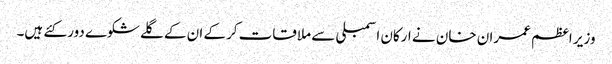
وزیر اعظم عمران خان نے ارکان اسمبلی سے ملاقات کرکے ان کے گلے شکوے دور کئے ہیں۔